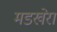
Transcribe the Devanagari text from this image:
मडखेरा